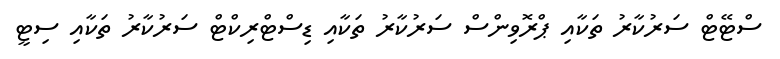
ސްޓޭޓް ސަރުކާރު ތަކާއި ޕްރޮވިންސް ސަރުކާރު ތަކާއި ޑިސްޓްރިކްޓް ސަރުކާރު ތަކާއި ސިޓީ